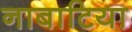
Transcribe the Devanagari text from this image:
नाबाटिया